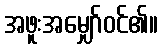
အဖူးအမျှော်ဝင်၏။